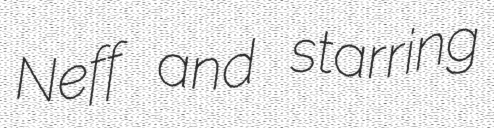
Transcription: Neff and starring